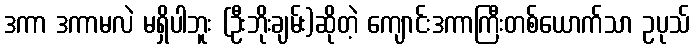
ဒကာ ဒကာမလဲ မရှိပါဘူး (ဦးဘိုးချမ်း)ဆိုတဲ့ ကျောင်းဒကာကြီးတစ်ယောက်သာ ဥပုသ်